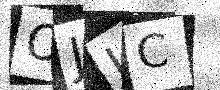
Text: OJIC